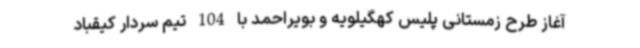
آغاز طرح زمستانی پلیس کهگیلویه و بویراحمد با 104 تیم سردار کیقباد